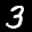
Label: 3